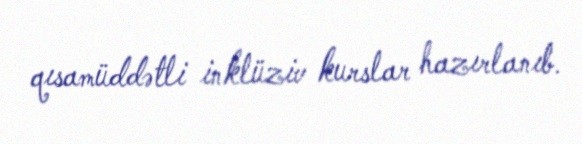
qısamüddətli inklüziv kurslar hazırlanıb.